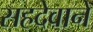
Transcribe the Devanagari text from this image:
सहदेवाने